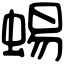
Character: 蜴